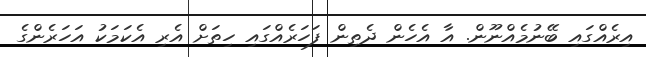
އިރެއްގައި ބޭނުމެއްނޫން. އާ އެހެން ދެތިން ފަހަރެއްގައި ހިތަށް އެރި އެކަމަކު އަހަރެންގެ